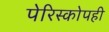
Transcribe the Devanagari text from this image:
पेरिस्कोपही